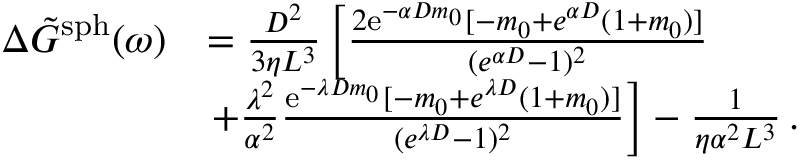
\begin{array} { r l } { \Delta \Tilde { G } ^ { \mathrm { s p h } } ( \omega ) } & { = \frac { D ^ { 2 } } { 3 \eta L ^ { 3 } } \left[ \frac { 2 \mathrm { e } ^ { - \alpha D m _ { 0 } } [ - m _ { 0 } + e ^ { \alpha D } ( 1 + m _ { 0 } ) ] } { ( { e } ^ { \alpha D } - 1 ) ^ { 2 } } \right. } \\ & { \left. + \frac { \lambda ^ { 2 } } { \alpha ^ { 2 } } \frac { \mathrm { e } ^ { - \lambda D m _ { 0 } } [ - m _ { 0 } + e ^ { \lambda D } ( 1 + m _ { 0 } ) ] } { ( { e } ^ { \lambda D } - 1 ) ^ { 2 } } \right] - \frac { 1 } { \eta \alpha ^ { 2 } L ^ { 3 } } \, . } \end{array}